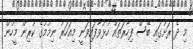
މި ދެ ރަށުގައި ބޭސް ފިހާރަތައް ހުޅުވާފައިވަނީ މިއަހަރު ނިމުމުގެ ކުރިން މީހުން